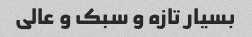
بسیار تازه و سبک و عالی